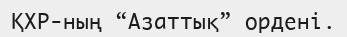
ҚХР-ның “Азаттық” ордені.